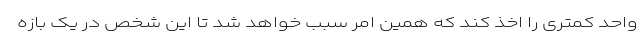
واحد کمتری را اخذ کند که همین امر سبب خواهد شد تا این شخص در یک بازه